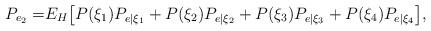
LaTeX: \begin{align*}P_{e_{2}} =&E_{H}\big[P(\xi_{1})P_{e\vert\xi_{1}}+P(\xi_{2})P_{e\vert\xi_{2}}+ P(\xi_{3})P_{e\vert\xi_{3}}+P(\xi_{4})P_{e\vert\xi_{4}}\big],\end{align*}